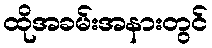
ထိုအခမ်းအနားတွင်